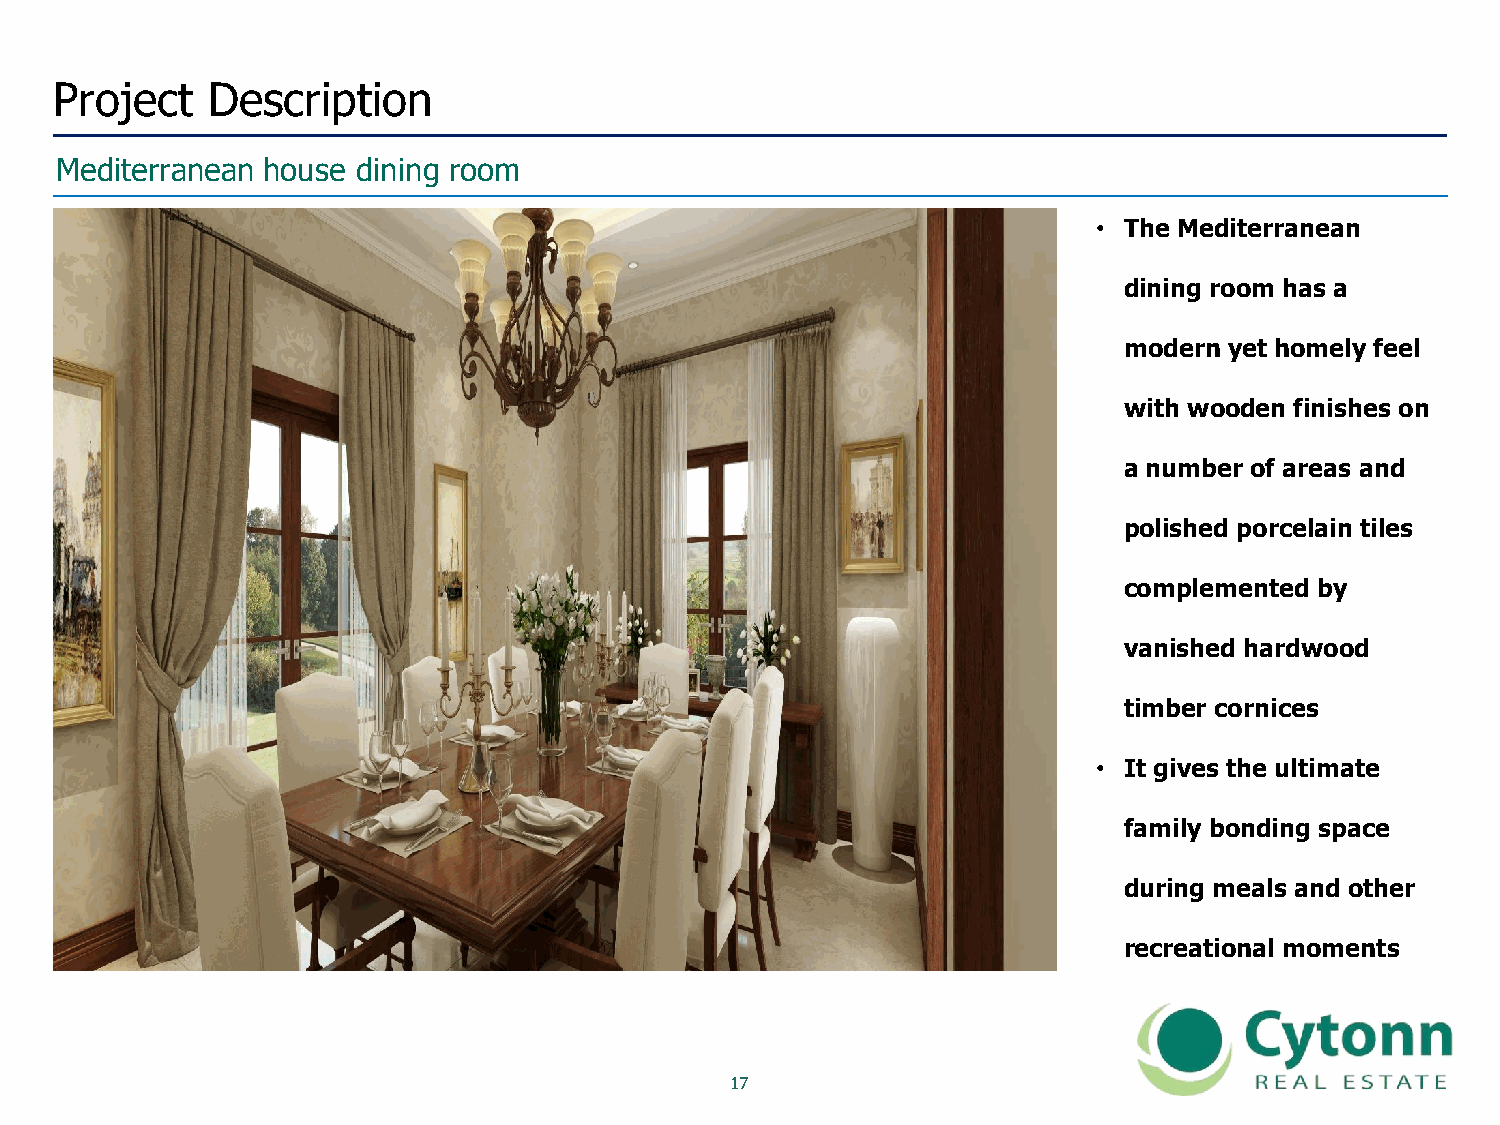
Project   Description
 Mediterranean house dining room
 • The Mediterranean
 dining room has a
 modern yet homely feel
 with wooden finishes on
 a number of areas and
 polished porcelain tiles
 complemented by
 vanished hardwood
 timber cornices
 • It gives the ultimate
 family bonding space
 during meals and other
 recreational moments
 1177